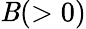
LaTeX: \mathit{B}(>0)